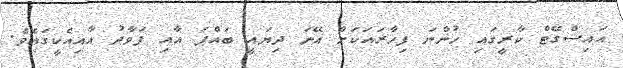
އައިސްގޭޓް ކާރީގައި ހުންނަ ފިހާރައަކަށް އޭނަ ދިޔައީ ބައްޕަ އާއި ފަވާދު އާއިއެކީގައެވެ.